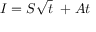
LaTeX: I = S { \sqrt { t } } \ + A t